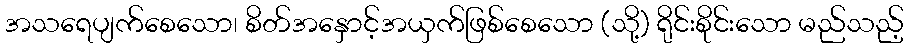
အသရေပျက်စေသော၊ စိတ်အနှောင့်အယှက်ဖြစ်စေသော (သို့) ရိုင်းစိုင်းသော မည်သည့်